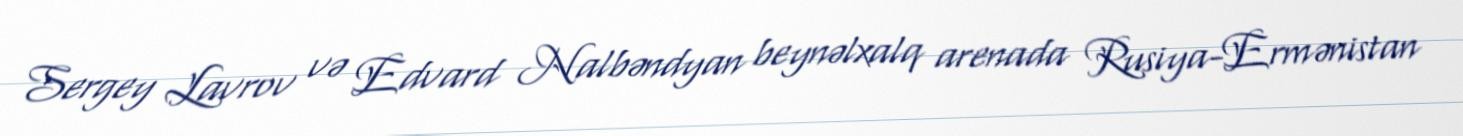
Sergey Lavrov və Edvard Nalbəndyan beynəlxalq arenada Rusiya-Ermənistan